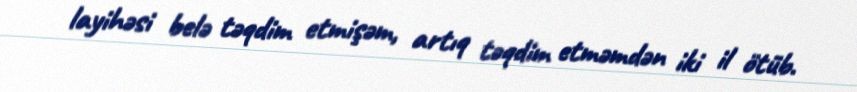
layihəsi belə təqdim etmişəm, artıq təqdim etməmdən iki il ötüb.